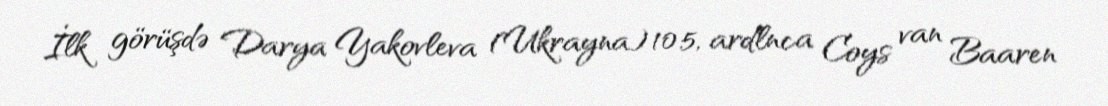
İlk görüşdə Darya Yakovleva (Ukrayna) 10:5, ardlnca Coys van Baaren